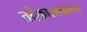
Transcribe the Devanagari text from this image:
तदेकात्मकरूप